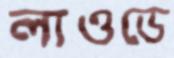
লাওডে